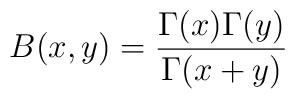
B(x,y)={\Gamma(x)\Gamma(y)\over\Gamma(x+y)}